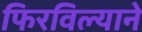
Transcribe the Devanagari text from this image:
फिरविल्याने